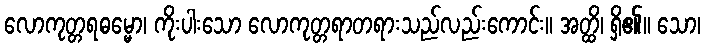
လောကုတ္တရဓမ္မော၊ ကိုးပါးသော လောကုတ္တရာတရားသည်လည်းကောင်း။ အတ္ထိ၊ ရှိ၏။ သော၊